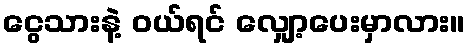
ငွေသားနဲ့ ဝယ်ရင် လျှော့ပေးမှာလား။